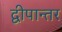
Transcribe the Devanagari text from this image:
द्वीपान्तर